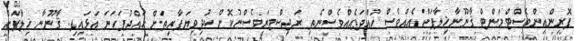
ފޮރިންއިންވެސްޓްމަންޓް ޤާނޫނާޚިލާފަށް އެއްވެސް ހުއްދައެއްވެސްނެތި ރަޖިސްޓަރީވެސްނުކޮށް ކުދިވިޔަފާރިތަށް ޙައްދުފަހަނަ އަޅައިފި. ޤާނޫނާ ޚިލާފަށް